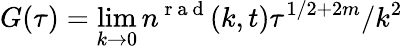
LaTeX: G(\tau)=\operatorname*{lim}_{k\to 0}n^{\mathrm{~r~a~d~}}(k,t)\tau^{1/2+2m}/k^{2}